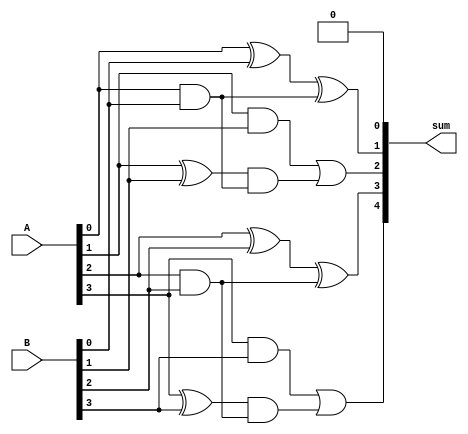
module Kogge_Stone_Adder (input [n-1:0] A, B,
                            output [n:0] sum);
 
  parameter n = 4; // Number of bits
 
  wire [n-1:0] P, G;
 
  genvar i;
  generate
    for (i = 0; i < n; i = i + 1) begin
      assign P[i] = A[i] ^ B[i];
      assign G[i] = A[i] & B[i];
    end
  endgenerate
 
  assign sum[0] = 1'b0;
  assign sum[1] = P[0] ^ G[0];
 
  genvar j;
  generate
    for (j = 2; j <= n; j = j*2) begin
      assign sum[j] = G[j-1] | (P[j-1] & G[j-2]);
      assign sum[j+1] = P[j] ^ G[j];
    end
  endgenerate
 
endmodule